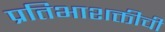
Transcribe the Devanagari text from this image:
प्रतिभाशक्तीची